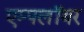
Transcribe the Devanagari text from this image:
एम्पलॉयर